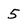
Character: 5